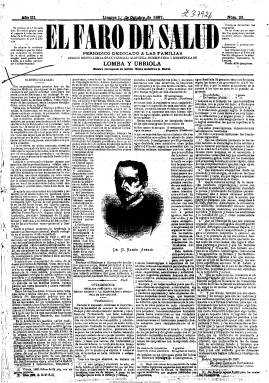
Título: El Faro de salud
Colección: Homeopatía || Periódicos
Ámbito geográfico: Jaén
Lugar de publicación: Linares [Jaén]
Fechas: 01/10/1887-01/10/1887

Periódico que comenzó a editar, en 1885, en Linares el farmacéutico Eleuterio Lomboa y Urriola, miembro corresponsal del Instituto Médico dosimétrico de Madrid, “dedicado a las familias” y como “órgano mensual de la gran farmacia alopática, homeopática y dosimétrica” de la que era propietario en esta población jienense. De cuatro páginas por número, contiene artículos sobre medicina, revista de prensa, composiciones en verso, secciones de bibliografía y humorística y numerosos anuncios comerciales de productos sobre la salud. Por el momento, sólo se conoce el número correspondiente al uno de octubre de 1887, depositado en la Biblioteca Nacional de España.